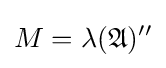
M=\lambda ({\mathfrak {A}})^{\prime \prime }